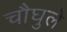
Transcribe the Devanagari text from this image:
चौघुले